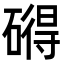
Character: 𥕣